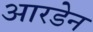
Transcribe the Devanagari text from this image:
आरडेन